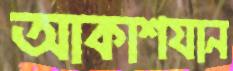
আকাশযান